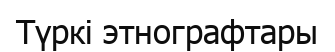
Түркі этнографтары